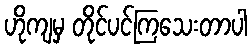
ဟိုကျမှ တိုင်ပင်ကြသေးတာပါ